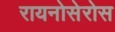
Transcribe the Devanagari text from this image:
रायनोसेरोस